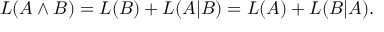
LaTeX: L ( A \land B ) = L ( B ) + L ( A | B ) = L ( A ) + L ( B | A ) .